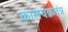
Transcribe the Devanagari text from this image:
कालचक्रतंत्र